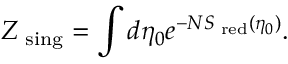
Z _ { \mathrm { \scriptsize ~ s i n g } } = \int d \eta _ { 0 } e ^ { - N S _ { \mathrm { \tiny ~ r e d } } ( \eta _ { 0 } ) } .